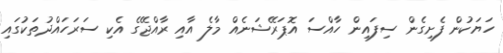
ހަޔަކުން ފެށިގެން ސިފައިން ހާއްސަ އޮޕަރޭޝަނެއް މާލެ އާއި ރާއްޖޭގެ އެކި ސަރަހައްދުތަކުގައި